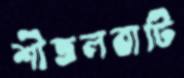
শীতলবাটি